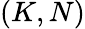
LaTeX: (K,N)